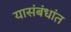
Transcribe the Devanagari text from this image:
यासंबंधांत